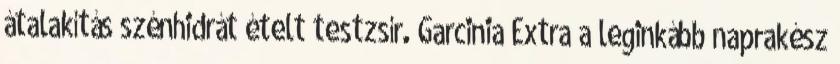
átalakítás szénhidrát ételt testzsír. Garcinia Extra a leginkább naprakész